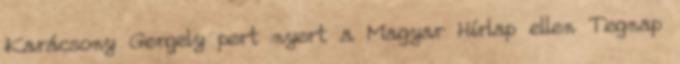
Karácsony Gergely pert nyert a Magyar Hírlap ellen Tegnap